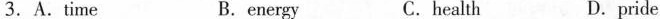
3.A.Time B.energy C. health D.pride